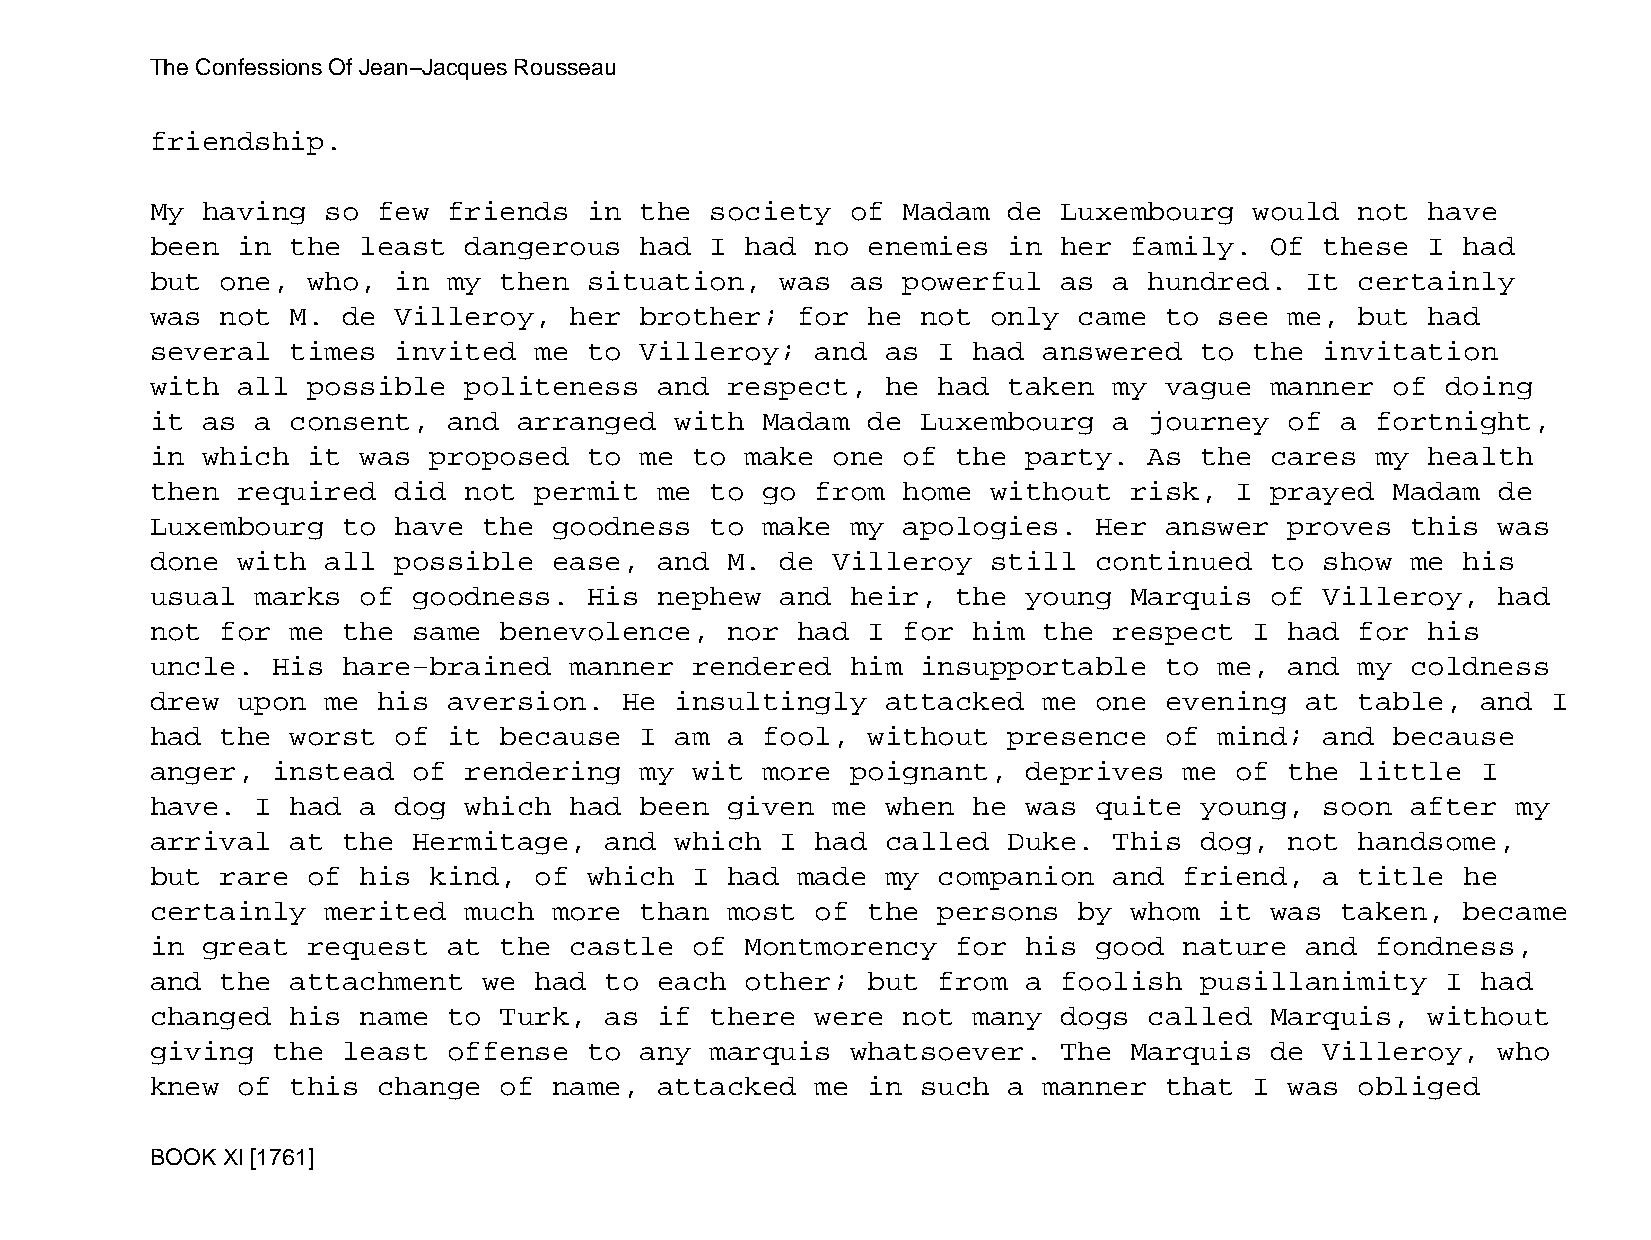
The Confessions Of Jean−Jacques Rousseau
 friendship.
 My having   so few  friends  in the  society  of  Madam  de Luxembourg   would  not  have
 been  in the  least  dangerous  had  I had  no enemies   in her  family.  Of  these  I had
 but  one, who,  in  my then  situation,   was as  powerful  as  a hundred.  It  certainly
 was  not M.  de Villeroy,   her brother;   for he  not  only came  to  see me,  but  had
 several  times  invited  me  to Villeroy;   and  as I had  answered  to  the  invitation
 with  all possible   politeness   and respect,   he had  taken  my vague  manner  of  doing
 it as  a consent,   and arranged   with Madam  de  Luxembourg   a journey  of  a fortnight,
 in which  it  was proposed   to me  to make  one  of the  party.  As the  cares  my  health
 then  required  did  not permit   me to go  from  home  without  risk,  I prayed  Madam  de
 Luxembourg   to have  the  goodness  to make  my  apologies.  Her  answer  proves  this  was
 done  with  all possible   ease,  and M.  de Villeroy   still continued   to  show me  his
 usual  marks  of goodness.   His  nephew  and heir,  the  young  Marquis  of  Villeroy,  had
 not  for me  the same  benevolence,   nor  had I  for him  the  respect  I had  for  his
 uncle.  His  hare−brained   manner  rendered  him  insupportable   to  me, and  my coldness
 drew  upon  me his  aversion.  He  insultingly   attacked  me one  evening  at  table,  and  I
 had  the worst  of  it because  I  am a fool,  without   presence  of  mind;  and because
 anger,  instead  of  rendering  my  wit more  poignant,   deprives  me  of the  little  I
 have.  I had  a dog  which  had been  given  me  when he  was quite  young,   soon after  my
 arrival  at  the Hermitage,   and  which  I had  called  Duke.  This dog,  not  handsome,
 but  rare of  his kind,  of  which  I had  made  my companion   and friend,   a title  he
 certainly   merited  much  more than  most  of the  persons  by  whom  it was  taken,  became
 in great  request   at the  castle  of Montmorency   for  his good  nature  and  fondness,
 and  the attachment   we had  to  each other;  but  from  a foolish  pusillanimity    I had
 changed  his  name  to Turk,  as  if there  were  not many  dogs  called  Marquis,   without
 giving  the  least  offense  to any  marquis  whatsoever.   The  Marquis  de  Villeroy,  who
 knew  of this  change  of  name,  attacked  me in  such  a manner  that  I was  obliged
 BOOK XI [1761]